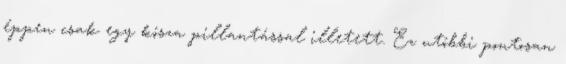
éppen csak egy kósza pillantással illetett. Ez utóbbi pontosan